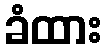
ခံထား